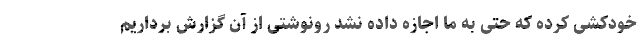
خودکشی کرده که حتی به ما اجازه داده نشد رونوشتی از آن گزارش برداریم